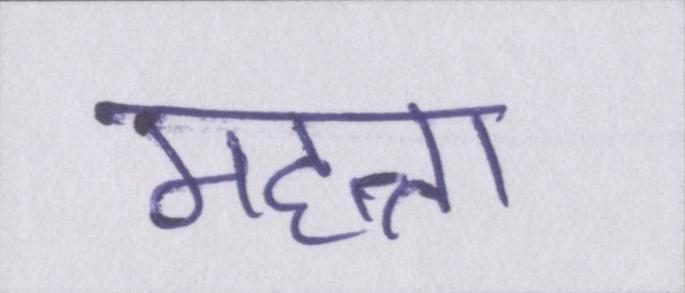
महत्ता